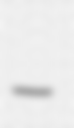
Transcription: –